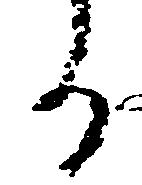
る